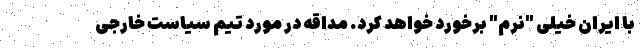
با ایران خیلی "نرم" برخورد خواهد کرد. مداقه در مورد تیم سیاست خارجی